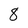
Character: 8